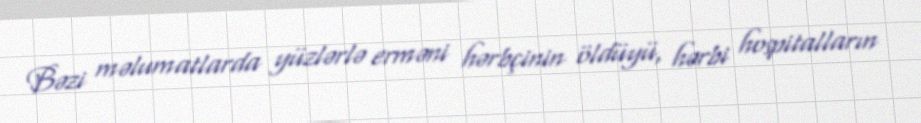
Bəzi məlumatlarda yüzlərlə erməni hərbçinin öldüyü, hərbi hospitalların